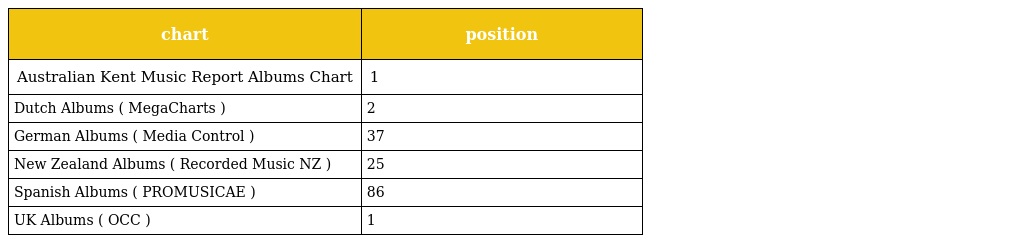
| chart | position |
 | --- | --- |
 | Australian Kent Music Report Albums Chart | 1 |
 | Dutch Albums ( MegaCharts ) | 2 |
 | German Albums ( Media Control ) | 37 |
 | New Zealand Albums ( Recorded Music NZ ) | 25 |
 | Spanish Albums ( PROMUSICAE ) | 86 |
 | UK Albums ( OCC ) | 1 |